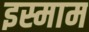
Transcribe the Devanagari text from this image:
इस्माम